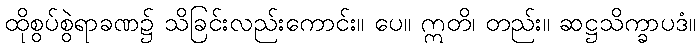
ထိုစွပ်စွဲရာခဏ၌ သိခြင်းလည်းကောင်း။ ပေ။ ဣတိ၊ တည်း။ ဆဋ္ဌသိက္ခာပဒံ။